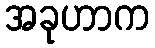
အခုဟာက